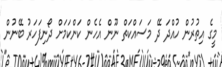
މީގެ އިތުރުން ހުއްދަ ދޭ މަސައްކަތް ނޫން އެހެން ކަންކަމަށް ދޯނިފަހަރު ބޭނުން